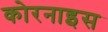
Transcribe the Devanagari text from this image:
कोरनाइस